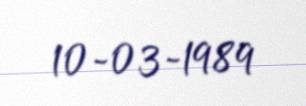
10-03-1989